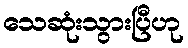
သေဆုံးသွားပြီဟု